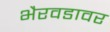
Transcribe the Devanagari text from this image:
भैरवडावर